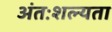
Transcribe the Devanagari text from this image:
अंतःशल्यता